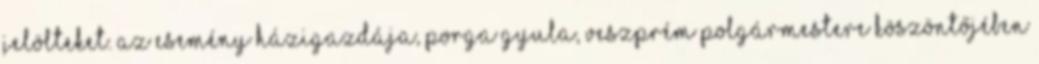
jelölteket. Az esemény házigazdája, Porga Gyula, Veszprém polgármestere köszöntőjében